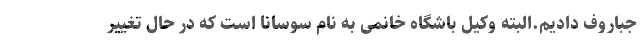
جباروف دادیم.البته وکیل باشگاه خانمی به نام سوسانا است که در حال تغییر